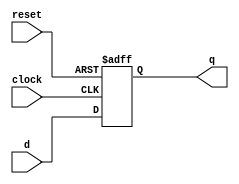
module d_ff_sync_reset (
    input wire clock,
    input wire reset,
    input wire d,
    output reg q
);

always @(posedge clock or posedge reset) begin
    if (reset) begin
        q <= 1'b0; // Reset value
    end else begin
        q <= d;
    end
end

endmodule